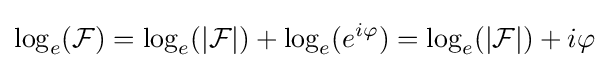
\log _{e}({\mathcal {F}})=\log _{e}({\mathcal {|F|}})+\log _{e}(e^{i\varphi })=\log _{e}({\mathcal {|F|}})+i\varphi